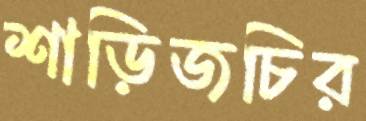
শাড়িজচির